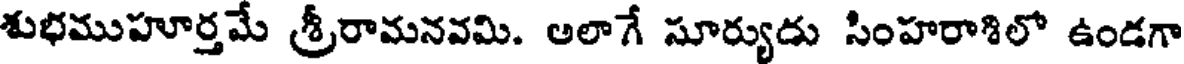
శుభముహూర్తమే శ్రీరామనవమి. అలాగే సూర్యుడు సింహరాశిలో ఉండగా